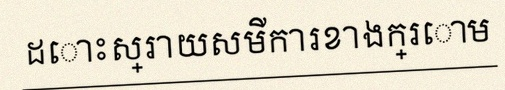
ដោះស្រាយសមីការខាងក្រោម